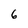
Character: 6